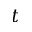
t